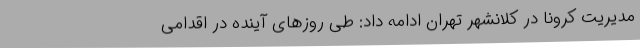
مدیریت کرونا در کلانشهر تهران ادامه داد: طی روزهای آینده در اقدامی